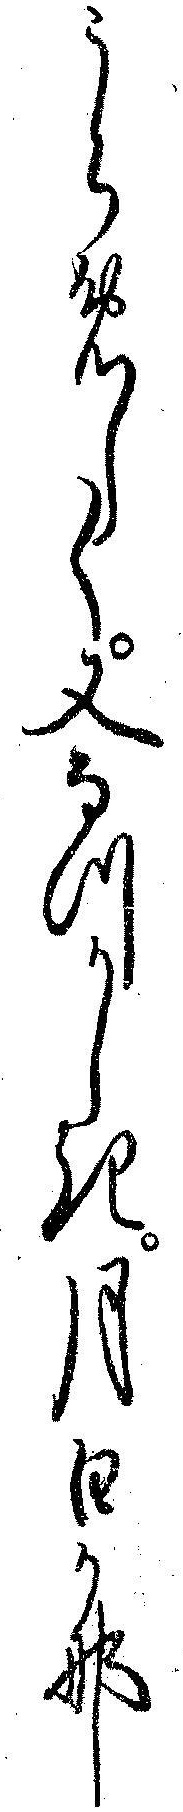
うらめしく又なつかしき月日かな